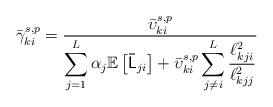
LaTeX: \begin{align*}\bar{\gamma}_{ki}^{s,p}=\frac{\bar{\upsilon}_{ki}^{s,p}}{{\displaystyle \sum_{j=1}^{L}\alpha_{j}\mathbb{E}\left[\mathsf{\bar{L}}_{ji}\right]+\bar{\upsilon}_{ki}^{s,p}\sum_{j\neq i}^{L}\frac{\ell_{kji}^{2}}{\ell_{kjj}^{2}}}}\end{align*}